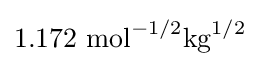
1.172{\text{ mol}}^{-1/2}{\text{kg}}^{1/2}